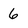
Character: 6